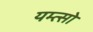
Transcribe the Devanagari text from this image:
यम्त्सो